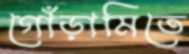
গোঁড়ামিতে